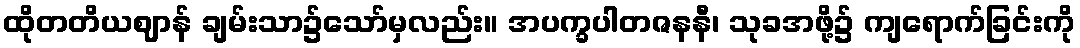
ထိုတတိယဈာန် ချမ်းသာ၌သော်မှလည်း။ အပက္ခပါတဇနနီ၊ သုခအဖို့၌ ကျရောက်ခြင်းကို